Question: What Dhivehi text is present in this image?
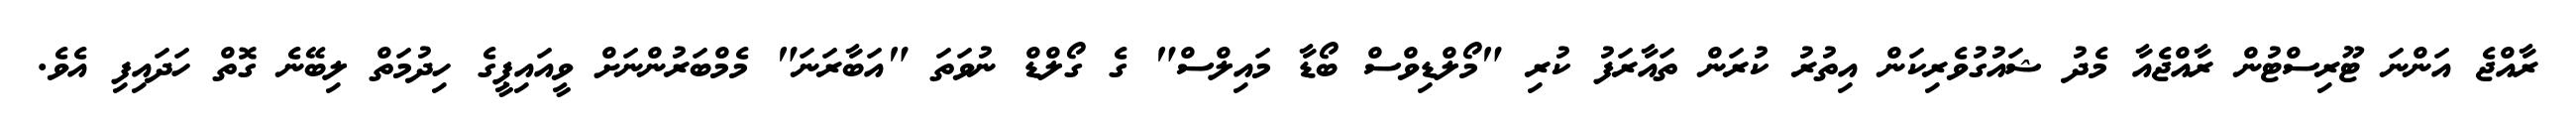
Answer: ރާއްޖެ އަންނަ ޓޫރިސްޓުން ރާއްޖެއާ މެދު ޝައުގުވެރިކަން އިތުރު ކުރަން ތައާރަފު ކުރި "މޯލްޑިވްސް ބޯޑާ މައިލްސް" ގެ ގޯލްޑް ނުވަތަ "އަބާރަނަ" މެމްބަރުންނަށް ވީއައިޕީގެ ހިދުމަތް ލިބޭނެ ގޮތް ހަދައިފި އެވެ.